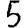
Digit: 5